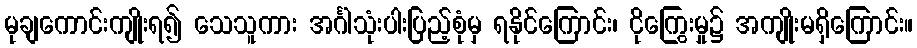
မုချကောင်းကျိုးရ၍ သေသူကား အင်္ဂါသုံးပါးပြည့်စုံမှ ရနိုင်ကြောင်း၊ ငိုကြွေးမှု၌ အကျိုးမရှိကြောင်း။